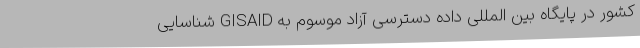
کشور در پایگاه بین المللی داده دسترسی آزاد موسوم به GISAID شناسایی